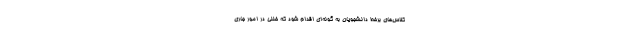
کلاس‌های برخط دانشجویان به گونه‌ای اقدام شود که خللی در امور جاری